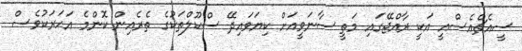
ސީއެޗްއެސްއީ އަކީ ރާއްޖޭގައި މަތީ ސާނަވީއަށް ކިޔަވައިދޭ ސްކޫލްތަކުގެ ތެރެއިން ކޮންމެ އަހަރަކުވެސް